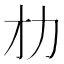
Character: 𠠸